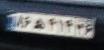
۸۶ه۴۱۴۳۶